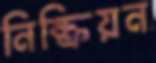
নিষ্ক্রিয়ন